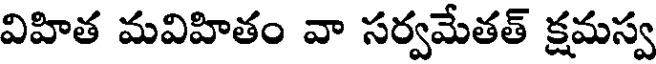
విహిత మవిహితం వా సర్వమేతత్ క్షమస్వ